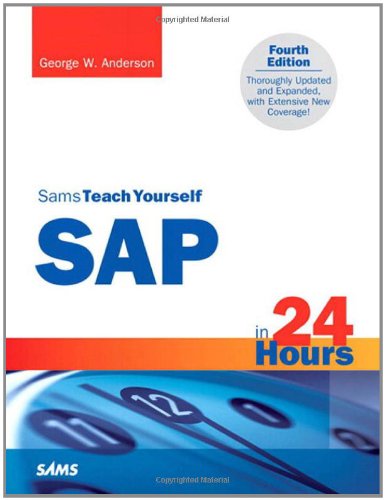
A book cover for Sams Teach Yourself SAP in 24 Hours (4th Edition); George Anderson; Business & Money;